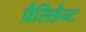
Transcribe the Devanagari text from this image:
प्रैसिडैन्ट